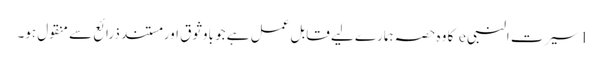
1 سیرت النبی e کا وہ حصہ ہمارے لیے قابل عمل ہے جو باوثوق اور مستند ذرائع سے منقول ہو۔